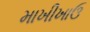
માખીખાઉ